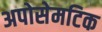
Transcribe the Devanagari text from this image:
अपोसेमटिक